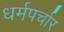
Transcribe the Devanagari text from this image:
धर्मपर्चार